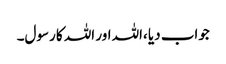
جواب دیا ،اللہ اور اللہ کا رسول۔